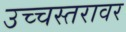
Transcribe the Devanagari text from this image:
उच्चस्तरावर